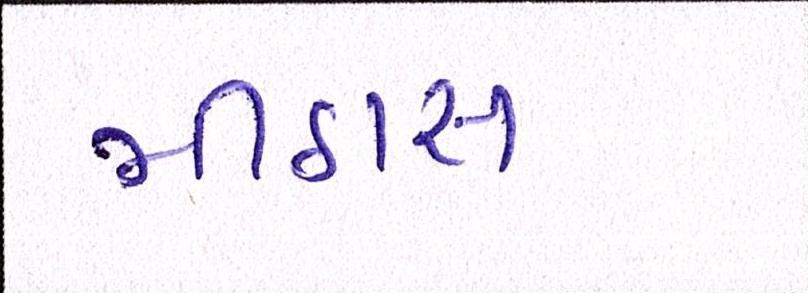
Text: મીઠાસ